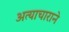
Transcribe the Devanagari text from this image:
अत्याचाराने